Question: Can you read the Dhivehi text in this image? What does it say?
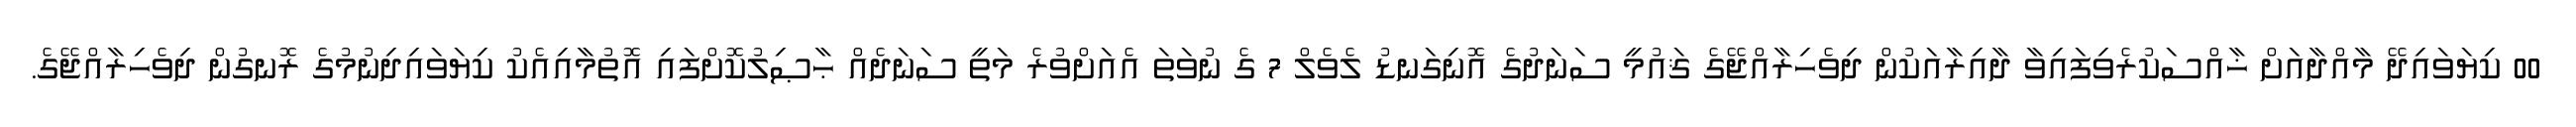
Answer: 00 ކިޔަވައިދޭ މާއްދާއަށް ޚާއްސަކުރެވިފައިވާ ދާއިރާއަކުން ދިވެހިރާއްޖޭގެ ޤައުމީ ސަނަދުގެ އޮނިގަނޑު ލެވެލް 7 ގެ ނުވަތަ އެއަށްވުރެ މަތީ ސަނަދެއް ޙާޞިލުކޮށްފައި އޮތުމާއިއެކު ކިޔަވައިދިނުމުގެ ރޮނގުން ދިވެހިރާއްޖޭގެ.